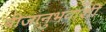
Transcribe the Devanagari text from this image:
बीजानुभवाशी